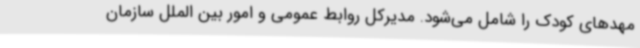
مهدهای کودک را شامل می‌شود. مدیرکل روابط عمومی و امور بین الملل سازمان